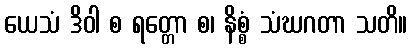
ယေသံ ဒိဝါ စ ရတ္တော စ၊ နိစ္စံ သံဃဂတာ သတိ။